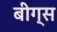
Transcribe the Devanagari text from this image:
बीग्स